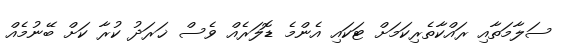
ސަލާމަތާއި ރައްކާތެރިކަމަށް ޓަކައި އެންމެ ޑޮލަރެއް ވެސް ޚަރަދު ކުރާ ކަށް ބޭނުމެއް